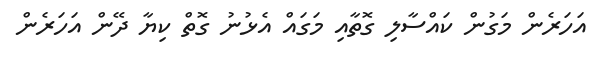
އަހަރެން މަގުން ކައްސާލި ގޮތާއި މަގައް އެޅުނު ގޮތް ކިޔާ ދޭން އަހަރެން